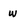
Character: w